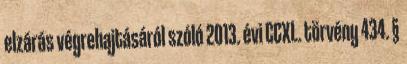
elzárás végrehajtásáról szóló 2013. évi CCXL. törvény 434. §